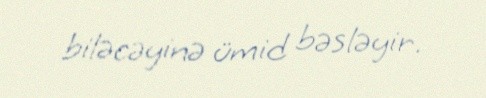
biləcəyinə ümid bəsləyir.